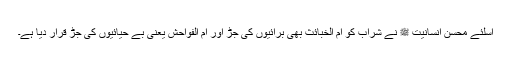
اسلئے محسن انسانیت ﷺ نے شراب کو اُم الخبائث بھی برائیوں کی جڑ اور اُم الفواحش یعنی بے حیائیوں کی جڑ قرار دیا ہے۔